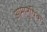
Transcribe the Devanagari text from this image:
आमानुषिक